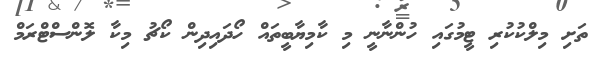
ތަށި މިލްކުކުރި ޓީމުގައި ހުންނާނީ މި ކާމިޔާބީތައް ހޯދައިދިން ކޯޗު މިކާ ލޮންސްޓްރަމް